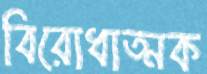
বিরোধাত্মক